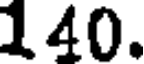
140.